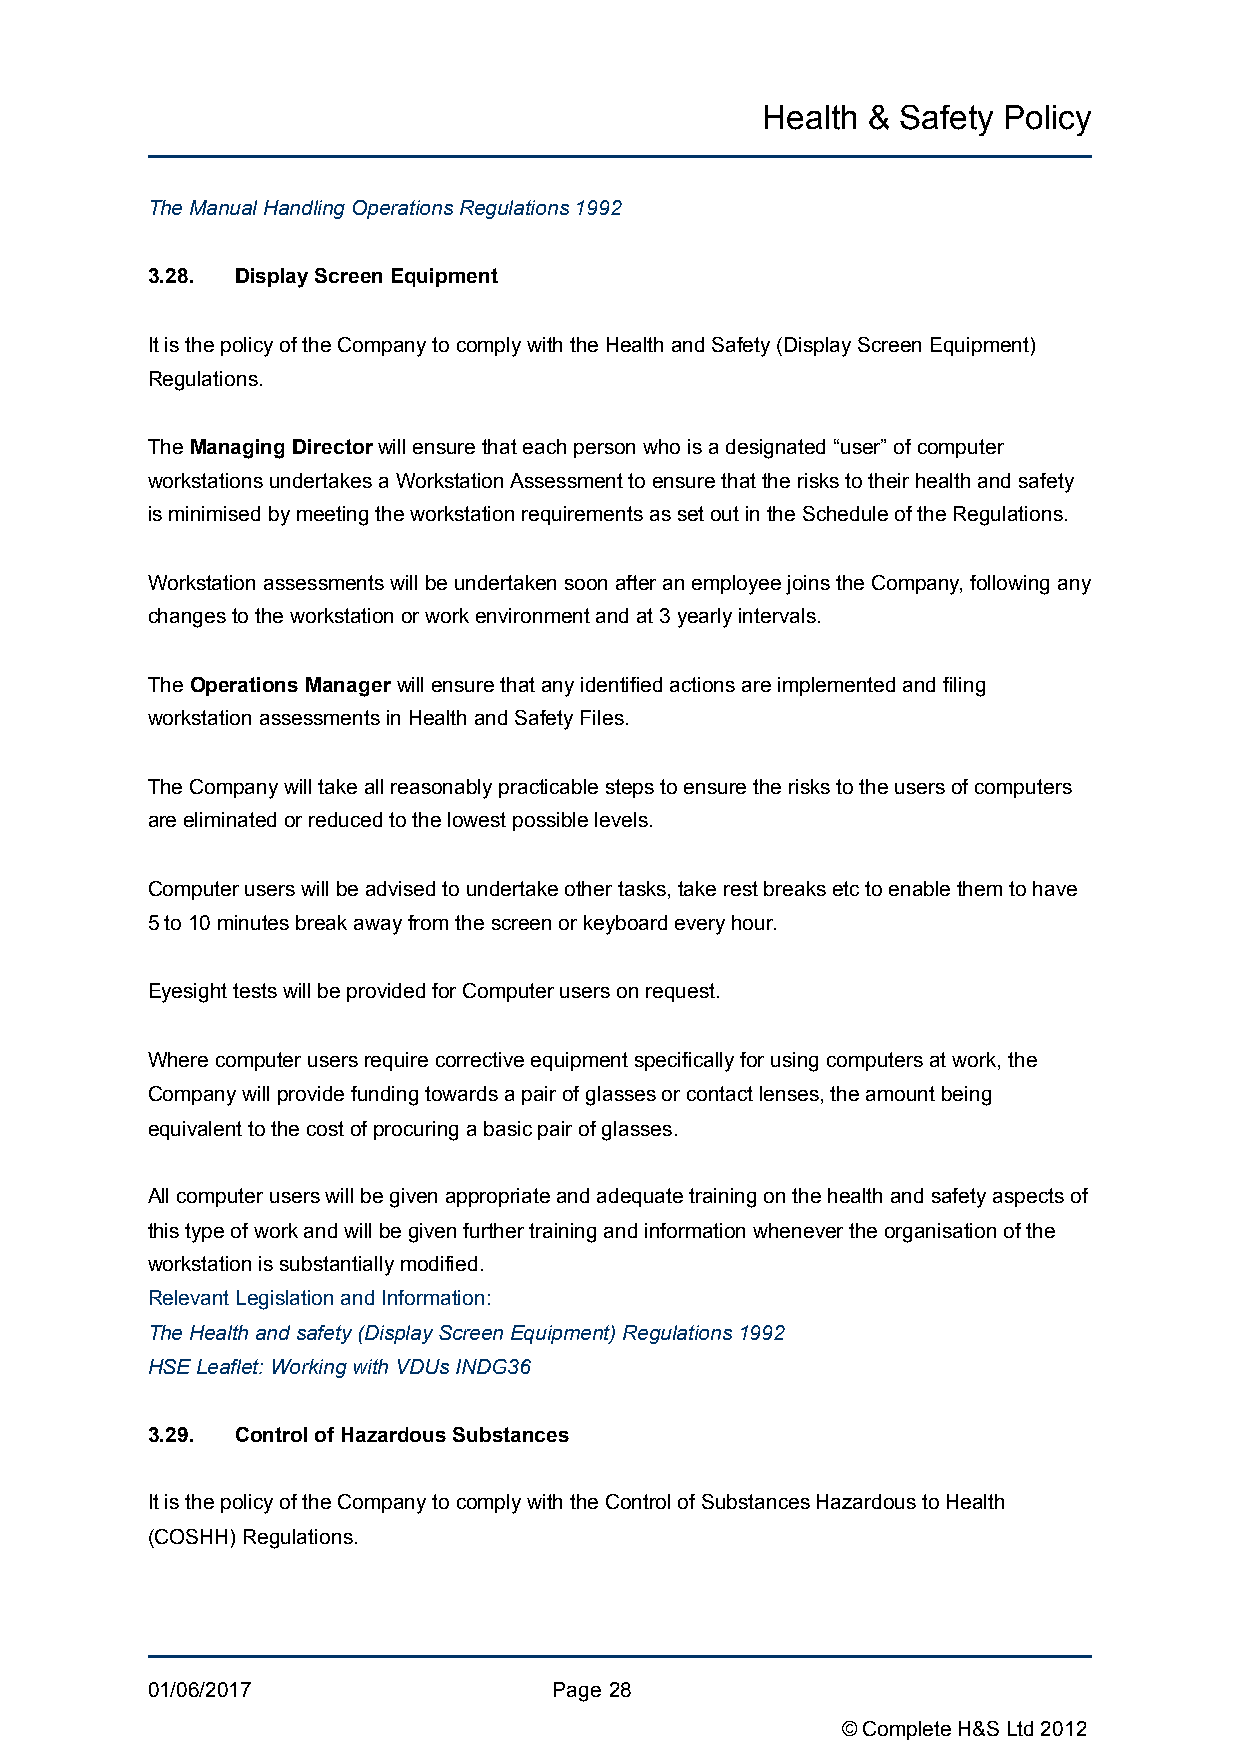
Health &  Safety Policy
 The Manual Handling Operations Regulations 1992
 3.28. Display Screen Equipment
 It is the policy of the Company to comply with the Health and Safety (Display Screen Equipment)
 Regulations.
 The Managing Director will ensure that each person who is a designated “user” of computer
 workstations undertakes a Workstation Assessment to ensure that the risks to their health and safety
 is minimised by meeting the workstation requirements as set out in the Schedule of the Regulations.
 Workstation assessments will be undertaken soon after an employee joins the Company, following any
 changes to the workstation or work environment and at 3 yearly intervals.
 The Operations Manager will ensure that any identified actions are implemented and filing
 workstation assessments in Health and Safety Files.
 The Company will take all reasonably practicable steps to ensure the risks to the users of computers
 are eliminated or reduced to the lowest possible levels.
 Computer users will be advised to undertake other tasks, take rest breaks etc to enable them to have
 5 to 10 minutes break away from the screen or keyboard every hour.
 Eyesight tests will be provided for Computer users on request.
 Where computer users require corrective equipment specifically for using computers at work, the
 Company will provide funding towards a pair of glasses or contact lenses, the amount being
 equivalent to the cost of procuring a basic pair of glasses.
 All computer users will be given appropriate and adequate training on the health and safety aspects of
 this type of work and will be given further training and information whenever the organisation of the
 workstation is substantially modified.
 Relevant Legislation and Information:
 The Health and safety (Display Screen Equipment) Regulations 1992
 HSE Leaflet: Working with VDUs INDG36
 3.29. Control of Hazardous Substances
 It is the policy of the Company to comply with the Control of Substances Hazardous to Health
 (COSHH) Regulations.
 01/06/2017                 Page !28
 © Complete H&S Ltd 2012